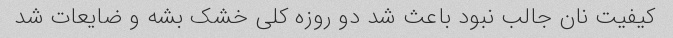
کیفیت نان جالب نبود باعث شد دو روزه کلی خشک بشه و ضایعات شد